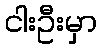
ငါးဦးမှာ